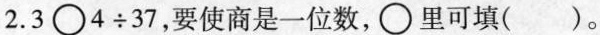
2. $$3 \circ 4 \div 3 7$$，要使商是一位数，\circ 里可填()。